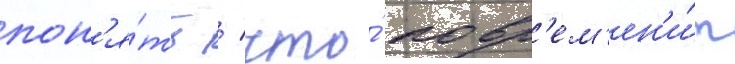
пон'я́ть / что́ повр'ем'ен'и́т